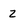
Character: 2